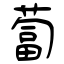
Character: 蔔